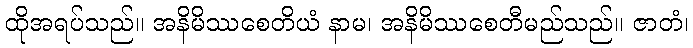
ထိုအရပ်သည်။ အနိမိဿစေတိယံ နာမ၊ အနိမိဿစေတီမည်သည်။ ဇာတံ၊